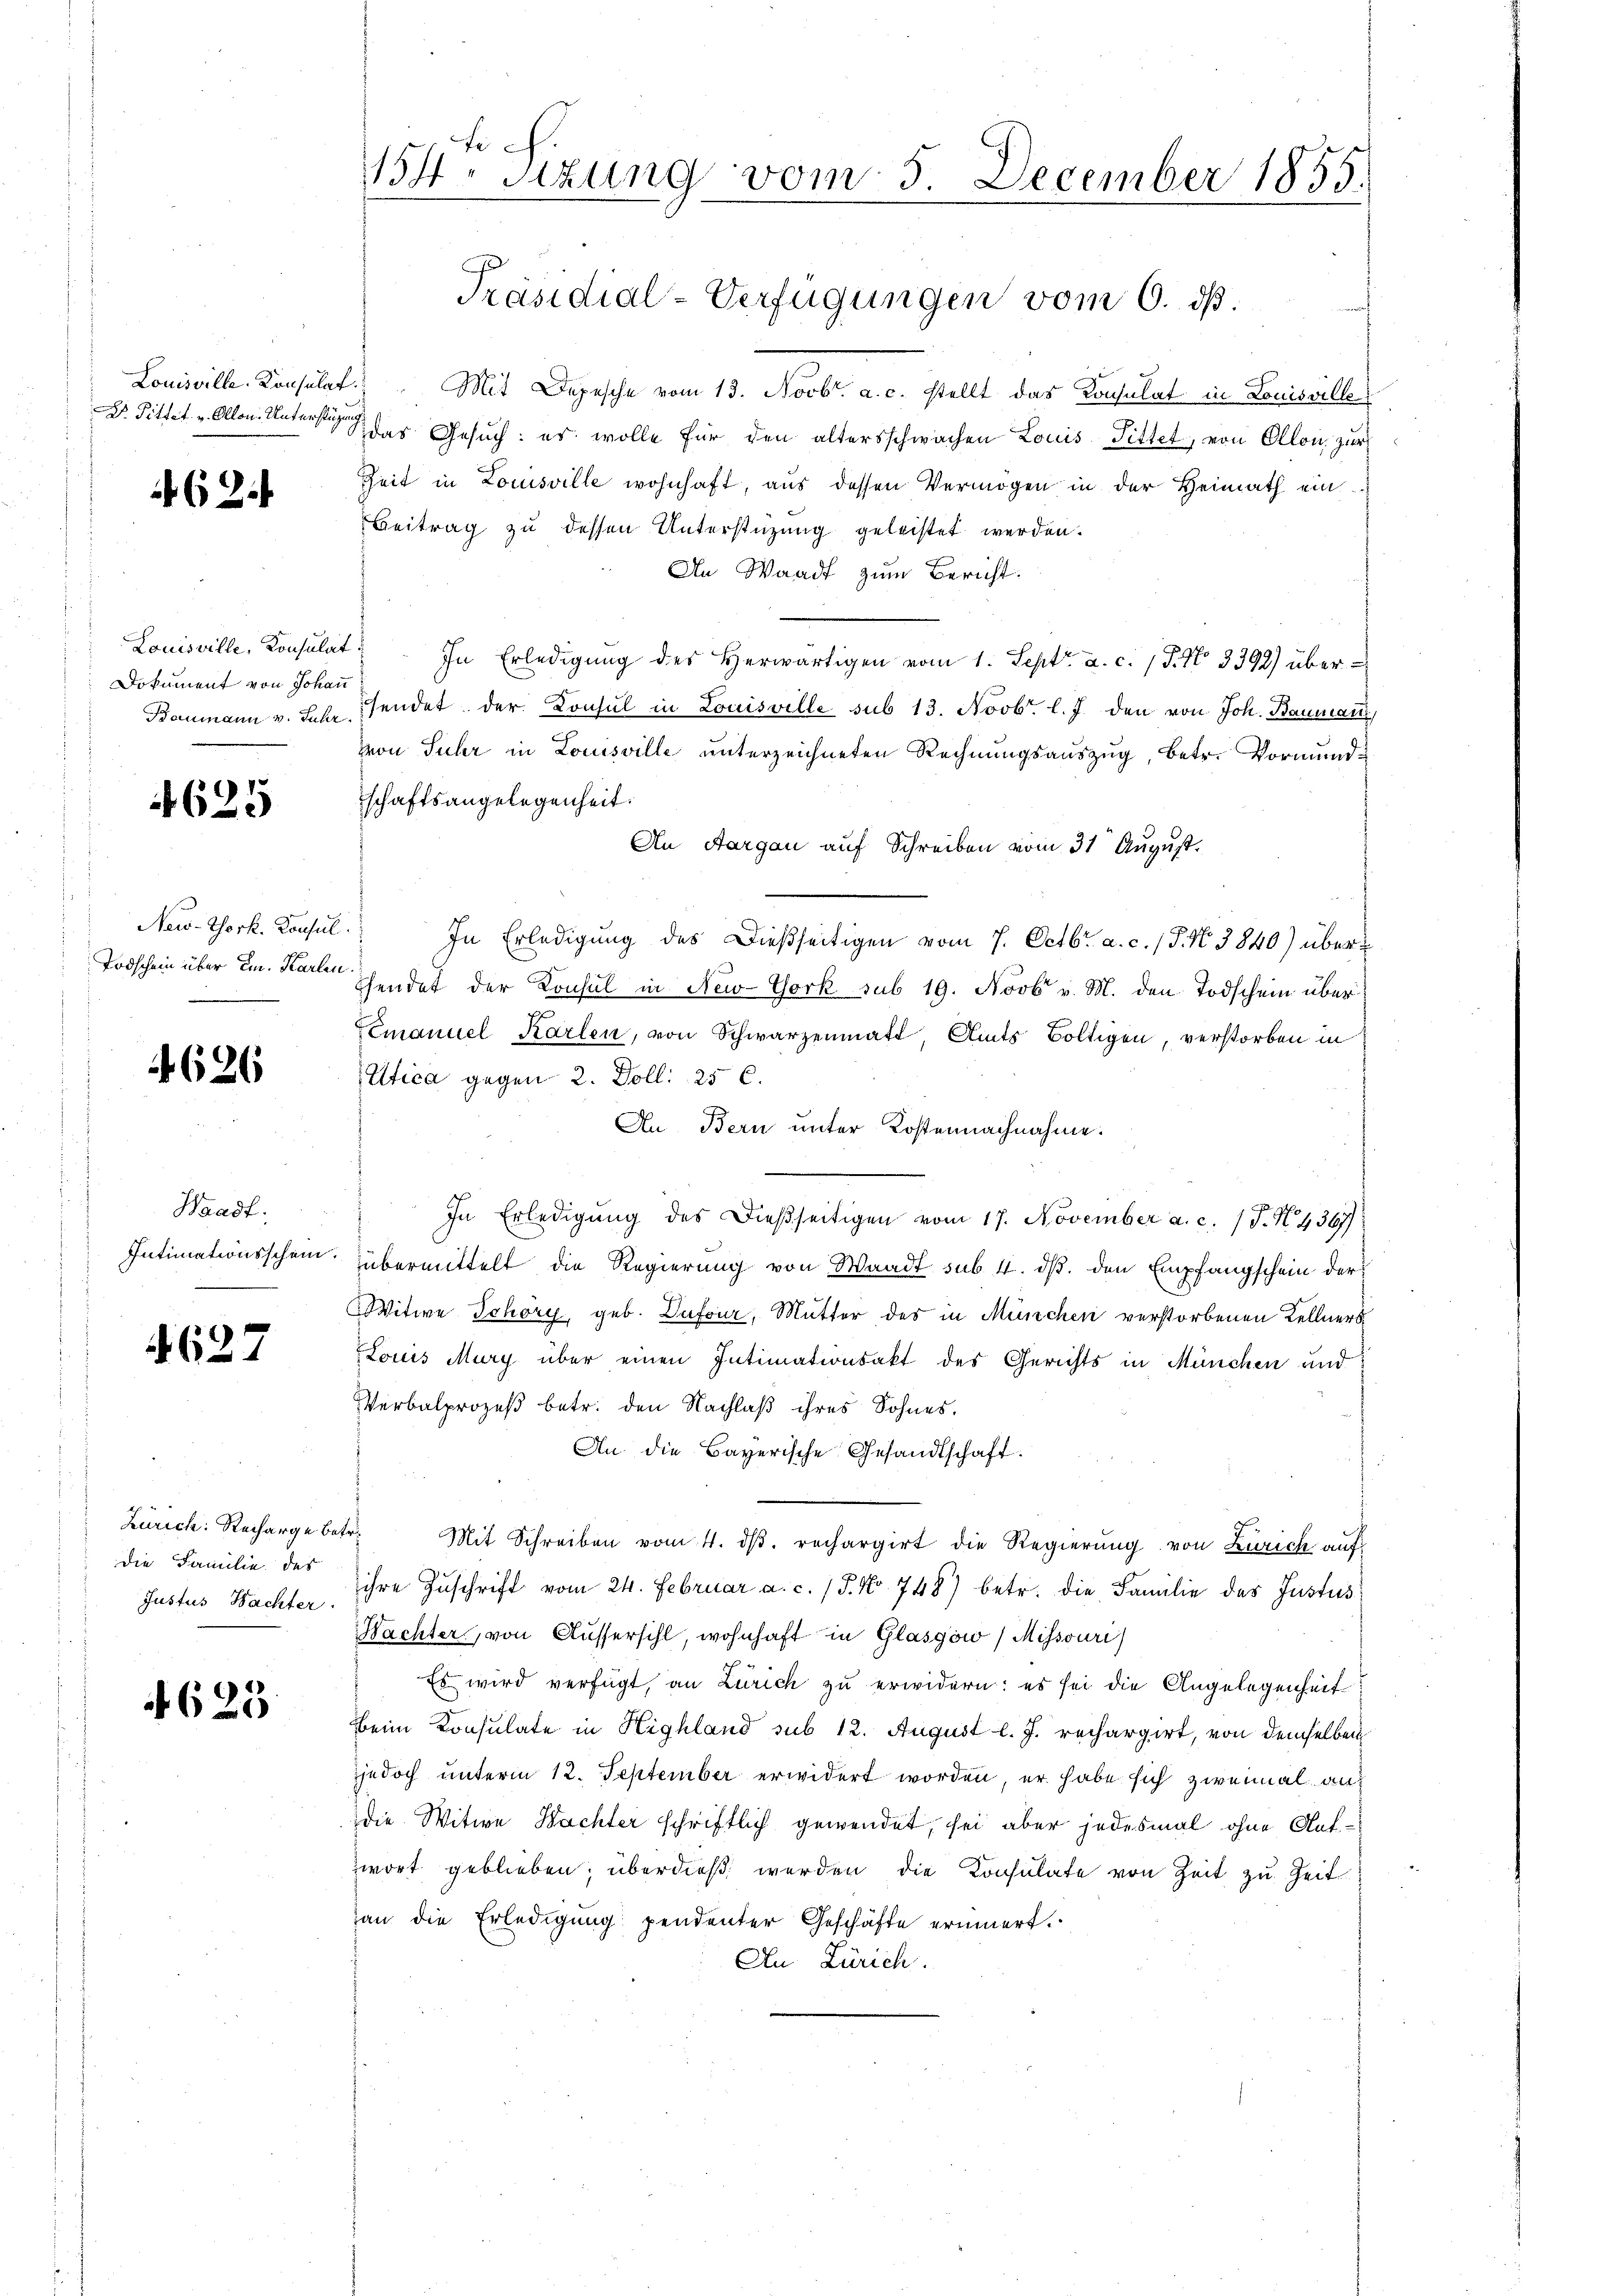
Dr. Sittet. v. Ollon-Unterstüzung

462.

Louisville, Konsulat
Dokument von Johann
Baumann v. Jahr

4625

New-York. Konsul
Todschein über ein. Karten
.

4626

Waadt.
Intimationsschein.

4627

Zürich: Recharge betr.
die Familie des
Justus Nachter.

4623

154. Sitzung vom 5.

Präsidial-Verfügungen vom 6. ds.

Louisville. Konsulat. Mit Depesche vom 13. Novbr. a. c. stellt das Konsulat in Louisville
S das Gesuch: es wolle für den altersschwachen Louis Tittet, von Ollon zur
Zeit in Louisville wohnhaft, aus dessen Vermögen in der Heimath ein¬
Beitrag zu dessen Unterstützung geleistet werden.
An Waadt zum Bericht.
In Erledigung des Herwärtigen vom 1. Sept. a. c. (T. No 3392) übersendet der Konsul in Louisville sub 13. Novbr. l. J. den von Joh. Baumann,
von Suhr in Louisville unterzeichneten Rechnungsauszug, betr. Vormundschaftsangelegenheit.
An Aargau auf Schreiben vom 31 August.
In Erledigung des Dießseitigen vom 7. Octbr. a. c. (T. N. 3840) über
Ehendet der Konsul in New-York sub 19. Novbr v. M. den Todschein über
Emanuel Karlen, von Schwarzenmatt, Amts Voltigen, verstorben in
tica gegen 2. Doll: 25 l.
An Bern unter Kostennachnahme.
In Erledigŭng des dießseitigen vom 17. November a. c. (T. N. 4367
übermittelt die Regierung von Waadt sub. 4. ds. den Empfangschein der
Witwe Schöry, geb. Dufour, Mutter des in München verstorbenen Kellners
Louis Mury über einen Intimationsakt des Gerichts in München und
Verbalprozeß betr. den Nachlaß ihres Sohnes,
An die Bayerische Gesandtschaft.
Mit Schreiben vom 4. dβ. rechargirt die Regierung von Zürich aufihre Zuschrift vom 24. Februar a. c. (T. No 748) betr. die Familie des Justus
Wachter, von Aussersihl, wohnhaft in Glasgów / Missouri
Es wird verfügt, an Zürich zu erwidern: es sei die Angelegenheit
Beim Konsulate in Highland sub 12. August l. J. rechargirt, von demselben
jedoch unterm 12. September erwidert worden, er habe sich zweimal andie Witwe Bachter schriftlich gewendet, sei aber jedesmal ohne Auf¬
Zwort geblieben; überdieß werden die Konsulate von Zeit zu Zeit
han die Erledigung pendenter Geschäfte erinnert.
An Zürich.

December 1855.